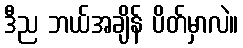
ဒီည ဘယ်အချိန် ပိတ်မှာလဲ။